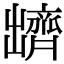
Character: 𪗊